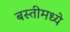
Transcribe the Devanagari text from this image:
बस्तीमध्ये